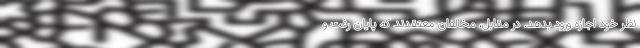
نظر خود اجازه ورود بدهد. در مقابل، مخالفان معتقدند که پایان رفت و